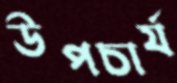
উপচার্য